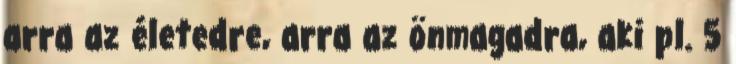
arra az életedre, arra az önmagadra, aki pl. 5